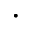
\cdot